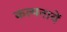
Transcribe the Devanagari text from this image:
कल्पनायें